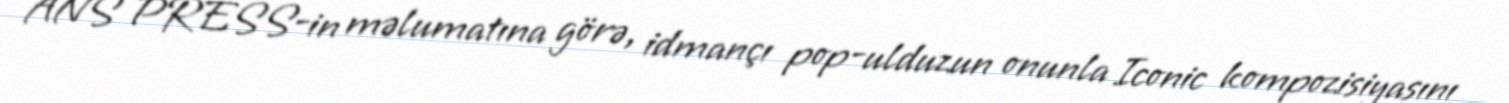
ANS PRESS-in məlumatına görə, idmançı pop-ulduzun onunla Iconic kompozisiyasını